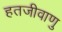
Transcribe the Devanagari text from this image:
हतजीवाणु